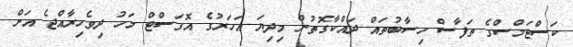
ކަސްޓަމްސްގެ ތަފާސް ހިސާބުތައް ދައްކާގޮތުން މިދިޔަ އަހަރުގެ އޮގަސްޓް މަހު ދިވެހިރާއްޖެ އަށް